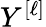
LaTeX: Y^{\left[\ell\right]}